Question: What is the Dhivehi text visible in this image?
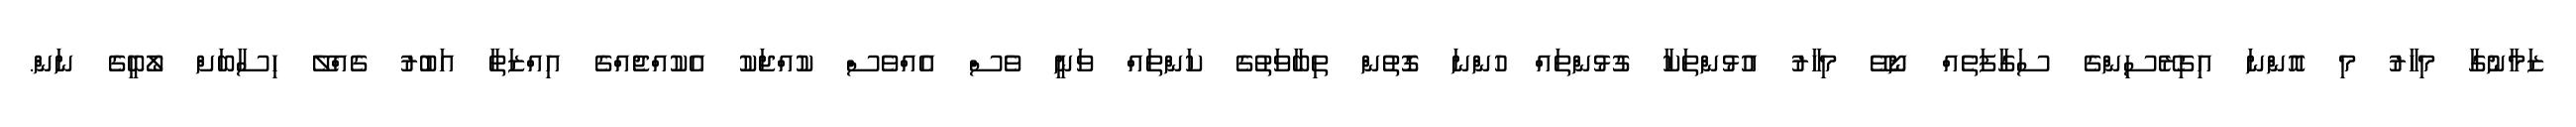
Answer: ޒަމާނުގާ މިހާރު މި އޮންނަ އިގިރޭސިންގެ ސަގާފަތެއް ނޯވޭ މިހާރު އުޅުންތަކާ ގުޅުންތައް ހުންނަ ގޮތުން ތިބާވަތުގެ ކަންތައް ވަނީ ވެސް އެއްވެސް ކުއްޖަކު އެކުއްޖެއްގެ އިއްޒަތާ އަބުރު ގެއްލޭ ހިސާބަށް ލޯބީގެ ނަން.